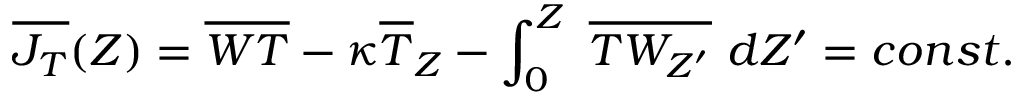
\overline { { J _ { T } } } ( Z ) = \overline { { W T } } - \kappa \overline { { T } } _ { Z } - \int _ { 0 } ^ { Z } \ \overline { { T W _ { Z ^ { \prime } } } } \ d Z ^ { \prime } = c o n s t .